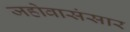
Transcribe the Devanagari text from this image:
जहोवासंसार